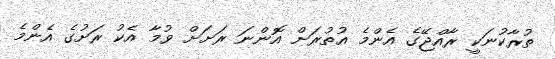
ތުރާކުނަކީ ރާއްޖޭގެ އެންމެ އުތުރަށް އޮންނަ ރަށަށް ވުމާ އެކު ރަށުގެ އެންމެ